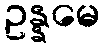
ဥန္နမေ